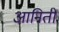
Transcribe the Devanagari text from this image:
आनिती